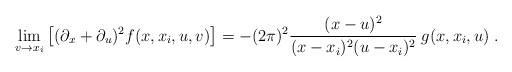
\begin{align*}\lim_{v \to x_{i}} \left[ (\partial_{x} + \partial_{u})^{2} f(x,x_{i},u,v) \right] = - (2\pi)^{2} \frac{(x-u)^{2}}{(x-x_{i})^{2}(u-x_{i})^{2}}\: g(x,x_{i},u) \; . \end{align*}